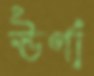
ঊর্ণা